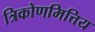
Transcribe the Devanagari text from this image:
त्रिकोणमित्तिय